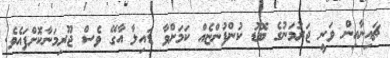
ޗައިނާއިން ވަނީ ޖަރުމަނުގެ ބޮޑު ކުންފުންޏެއް ކަމަށްވާ ޑައިލާ އާގޭ ވެސް ޖޫރިމަނާކޮށްފައެވެ.